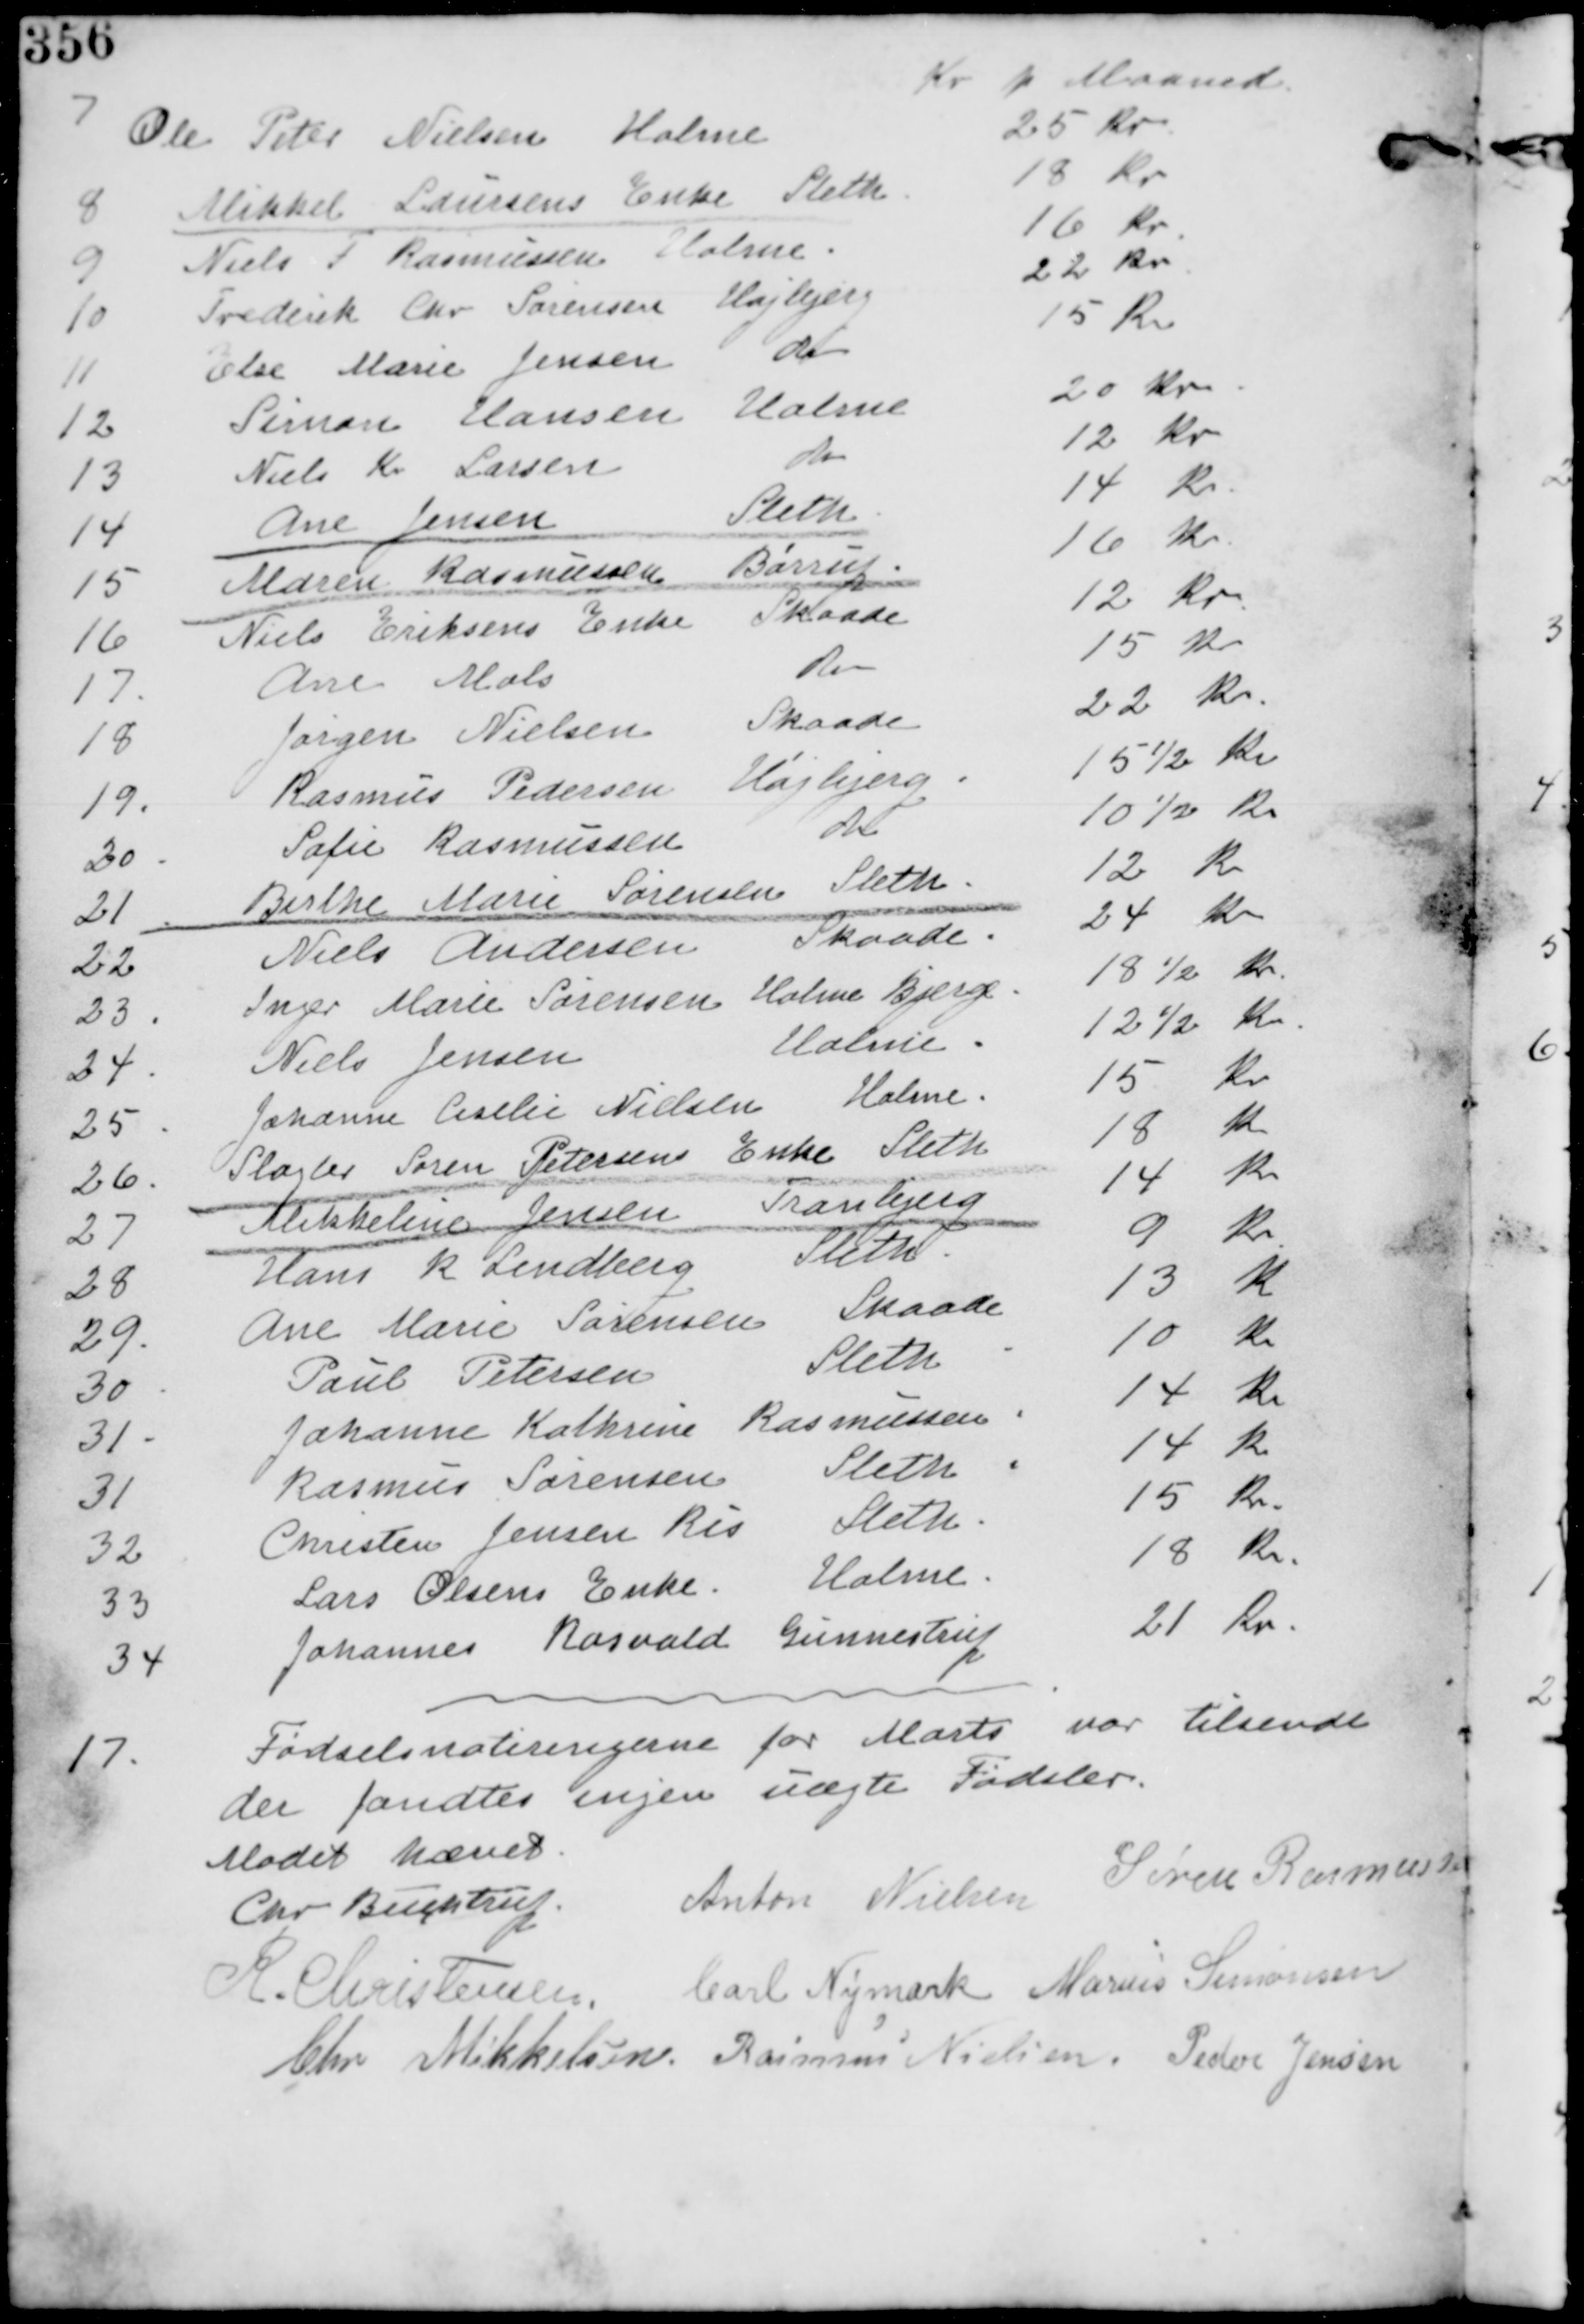
Transskription:
Kr p Maaned
7 Ole Peter Nielsen Holme 25 Kr
8 Mikkel Laursens Enke Sleth 18 Kr
9 Niels T Rasmussen Holme 16 Kr
10 Frederik Chr Sørensen Højbjerg 22 Kr
11 Else Marie Jensen do 15 Kr
12 Simon Hansen Holme 20 Kr
13 Niels Kr Larsen do 12 Kr
14 Ane Jensen Sleth 14 Kr
15 Maren Rasmussen Børrup 16 Kr
16 Niels Eriksens Enke Skaade 12 Kr
17. Ane Mols do 15 Kr
18 Jørgen Nielsen Skaade 22 Kr
19. Rasmus Pedersen Højbjerg 15 ½ Kr
20. Sofie Rasmussen do 10 ½ Kr
21. Birthe Marie Særensen Sleth 12 Kr
22 Niels Andersen Skaade 24 Kr
23. Inger Marie Sørensen Holme Bjerge 18½ Kr
24. Niels Jensen Holme. 12½ Kr
25 Johanne Ceselie Nielsen Holme 15 Kr
26. Slagter Søren Petersens Enke 18 Kr
27 Mikkeline Jensen Tranbjerg 14 Kr
28 Hans R Lindberg Sleth 9 Kr
29. Ane Marie Sørensen Skaade 13 Kr
30 Paul Petersen Sleth. 10 Kr
31. Johanne Kathrine Rasmussen. 14 Kr
31 Rasmus Sørensen Sleth. 14 Kr
32 Christen Jensen Ris Sleth. 15 Kr.
33 Lars Olsens Enke. Holme. 18 Kr.
35 Johanne Rasvald Gunnestrup 21 Kr.

17. Fødselsnoteringerne for Marts var tilsendt
der fandtes ingen uægte Fødsler.

Mødet hævet
Chr Buchtrup. Anton Nielsen Søren Rasmussen
R. Christensen. Carl Nymark Marius Simonsen
Chr Mikkelsen Rasmus Nielsen. Peder Jensen